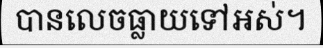
បានលេចធ្លាយទៅអស់។